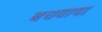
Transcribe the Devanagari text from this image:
बचवाया